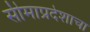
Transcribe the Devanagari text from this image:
सीमाप्रदेशाचा